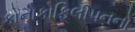
કોનોકોફિલીપનનો